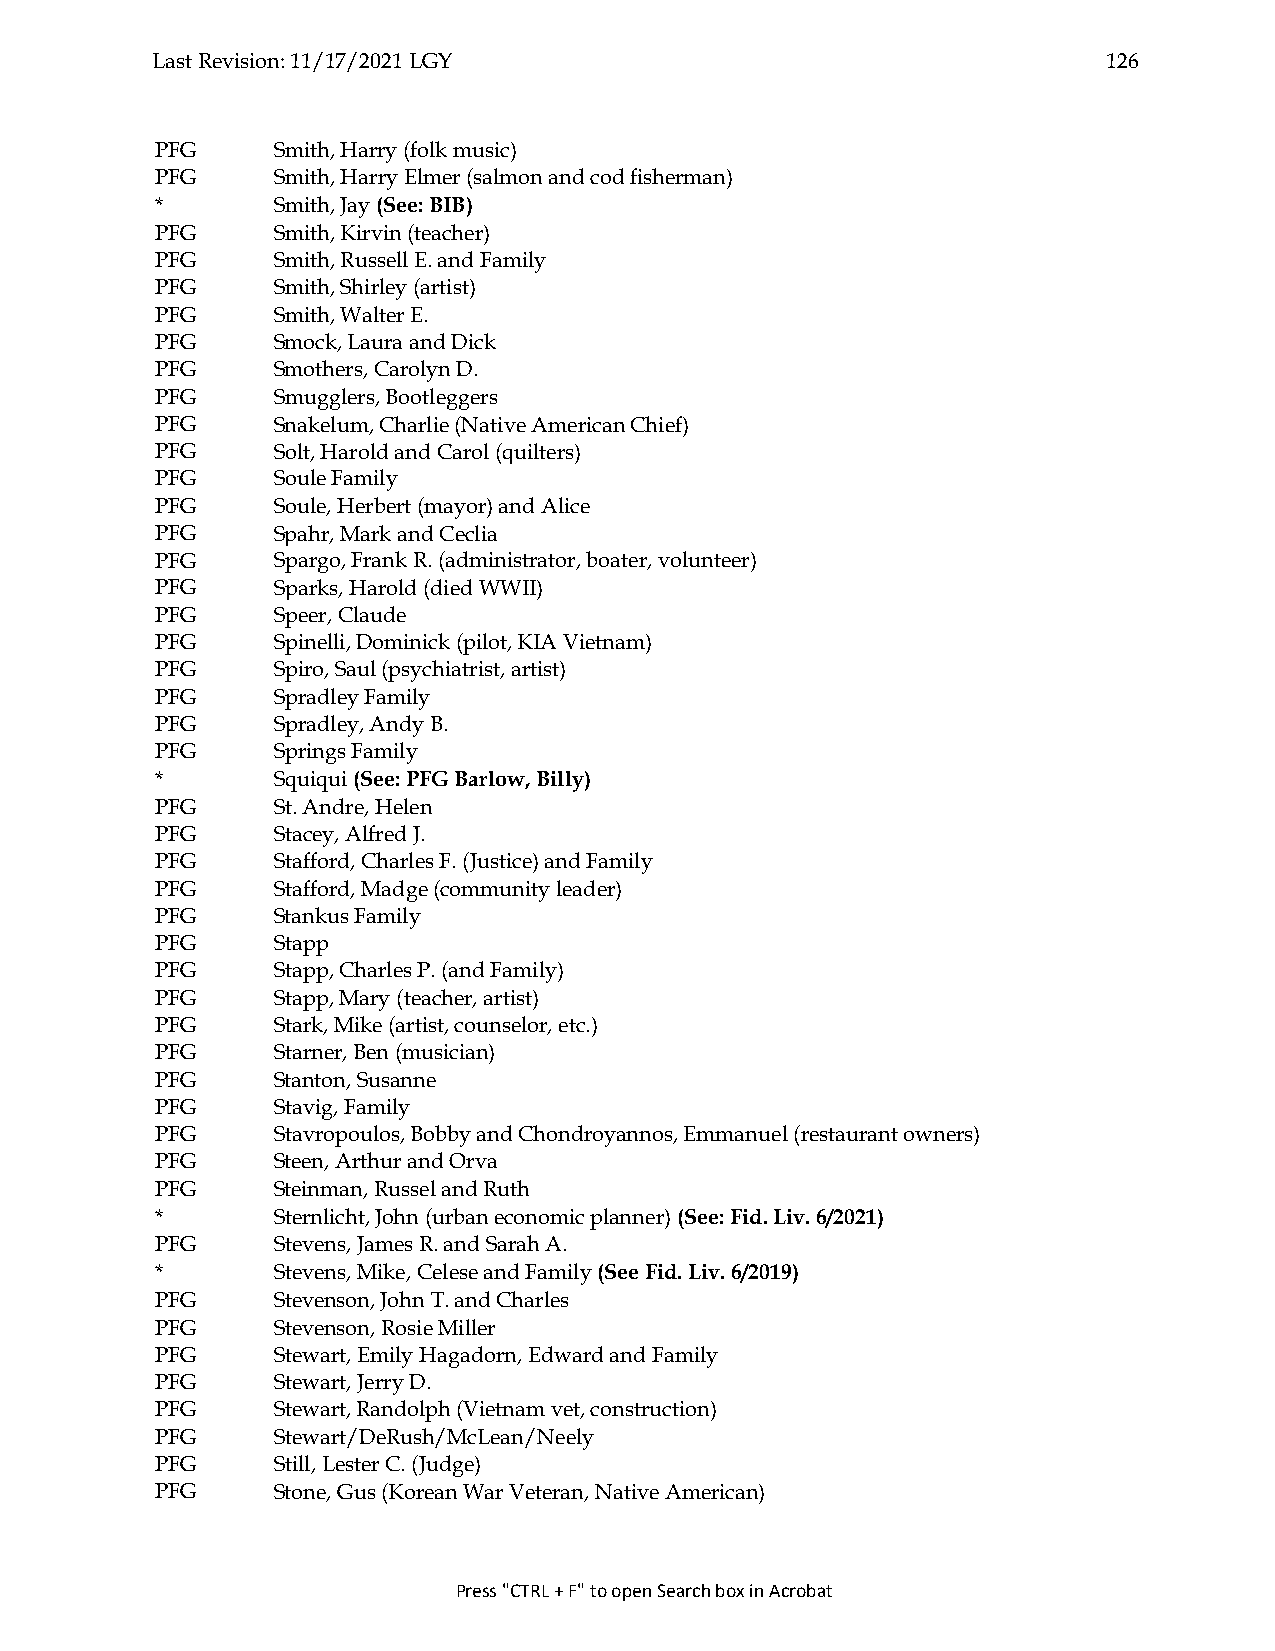
Last Revision: 11/17/2021 LGY                                  126
 PFG     Smith, Harry (folk music)
 PFG     Smith, Harry Elmer (salmon and cod fisherman)
 *       Smith, Jay (See: BIB)
 PFG     Smith, Kirvin (teacher)
 PFG     Smith, Russell E. and Family
 PFG     Smith, Shirley (artist)
 PFG     Smith, Walter E.
 PFG     Smock, Laura and Dick
 PFG     Smothers, Carolyn D.
 PFG     Smugglers, Bootleggers
 PFG     Snakelum, Charlie (Native American Chief)
 PFG     Solt, Harold and Carol (quilters)
 PFG     Soule Family
 PFG     Soule, Herbert (mayor) and Alice
 PFG     Spahr, Mark and Ceclia
 PFG     Spargo, Frank R. (administrator, boater, volunteer)
 PFG     Sparks, Harold (died WWII)
 PFG     Speer, Claude
 PFG     Spinelli, Dominick (pilot, KIA Vietnam)
 PFG     Spiro, Saul (psychiatrist, artist)
 PFG     Spradley Family
 PFG     Spradley, Andy B.
 PFG     Springs Family
 *       Squiqui (See: PFG Barlow, Billy)
 PFG     St. Andre, Helen
 PFG     Stacey, Alfred J.
 PFG     Stafford, Charles F. (Justice) and Family
 PFG     Stafford, Madge (community leader)
 PFG     Stankus Family
 PFG     Stapp
 PFG     Stapp, Charles P. (and Family)
 PFG     Stapp, Mary (teacher, artist)
 PFG     Stark, Mike (artist, counselor, etc.)
 PFG     Starner, Ben (musician)
 PFG     Stanton, Susanne
 PFG     Stavig, Family
 PFG     Stavropoulos, Bobby and Chondroyannos, Emmanuel (restaurant owners)
 PFG     Steen, Arthur and Orva
 PFG     Steinman, Russel and Ruth
 *       Sternlicht, John (urban economic planner) (See: Fid. Liv. 6/2021)
 PFG     Stevens, James R. and Sarah A.
 *       Stevens, Mike, Celese and Family (See Fid. Liv. 6/2019)
 PFG     Stevenson, John T. and Charles
 PFG     Stevenson, Rosie Miller
 PFG     Stewart, Emily Hagadorn, Edward and Family
 PFG     Stewart, Jerry D.
 PFG     Stewart, Randolph (Vietnam vet, construction)
 PFG     Stewart/DeRush/McLean/Neely
 PFG     Still, Lester C. (Judge)
 PFG     Stone, Gus (Korean War Veteran, Native American)
 Press "CTRL + F" to open Search box in Acrobat